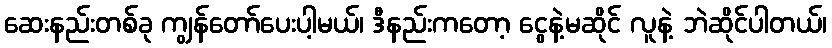
ဆေးနည်းတစ်ခု ကျွန်တော်ပေးပါ့မယ်၊ ဒီနည်းကတော့ ငွေနဲ့မဆိုင် လူနဲ့ ဘဲဆိုင်ပါတယ်၊